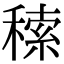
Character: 䅴